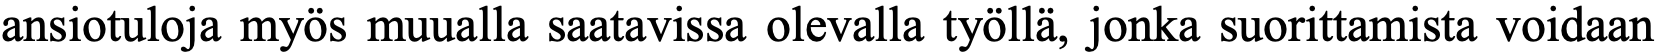
ansiotuloja myös muualla saatavissa olevalla työllä, jonka suorittamista voidaan